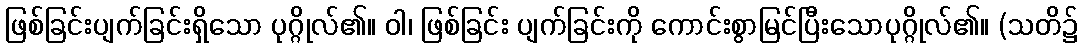
ဖြစ်ခြင်းပျက်ခြင်းရှိသော ပုဂ္ဂိုလ်၏။ ဝါ၊ ဖြစ်ခြင်း ပျက်ခြင်းကို ကောင်းစွာမြင်ပြီးသောပုဂ္ဂိုလ်၏။ (သတိ၌